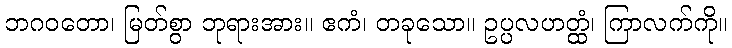
ဘဂဝတော၊ မြတ်စွာ ဘုရားအား။ ဧကံ၊ တခုသော။ ဥပ္ပလဟတ္ထံ၊ ကြာလက်ကို။